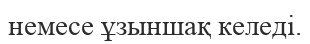
немесе ұзыншақ келеді.